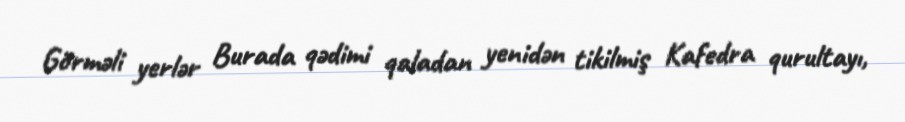
Görməli yerlər Burada qədimi qaladan yenidən tikilmiş Kafedra qurultayı,